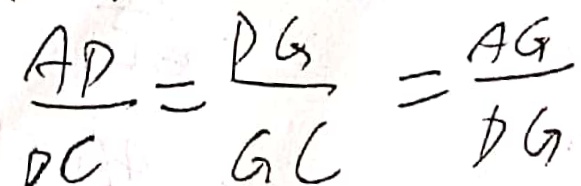
\frac { A D } { D C } = \frac { P G } { G C } = \frac { A G } { D G }